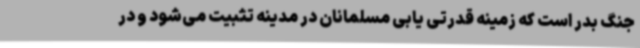
جنگ بدر است که زمینه قدرتی یابی مسلمانان در مدینه تثبیت می‌شود و در